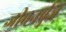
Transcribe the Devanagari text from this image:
जीवनपुंज